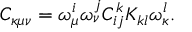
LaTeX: C _ { \kappa \mu \nu } = \omega _ { \mu } ^ { i } \omega _ { \nu } ^ { j } C _ { i j } ^ { k } K _ { k l } \omega _ { \kappa } ^ { l } .